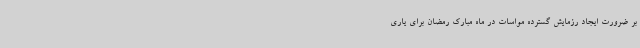
بر ضرورت ایجاد رزمایش گسترده مواسات در ماه مبارک رمضان برای یاری